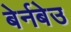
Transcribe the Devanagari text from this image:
बेर्नबेउ